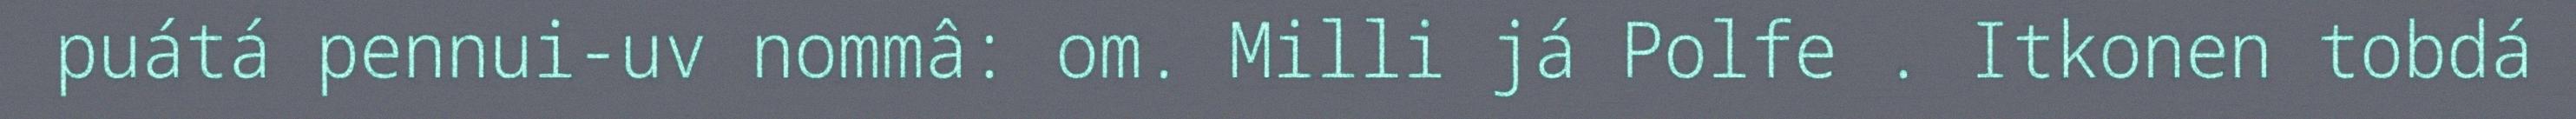
puátá pennui-uv nommâ: om. Milli já Polfe . Itkonen tobdá